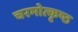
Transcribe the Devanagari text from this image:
चरमोत्कृष्ठ